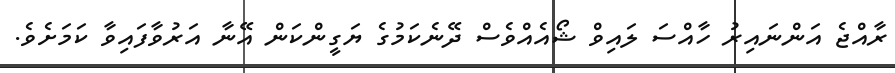
ރާއްޖެ އަންނައިރު ހާއްސަ ލައިވް ޝޯއެއްވެސް ދޭނެކަމުގެ ޔަގީންކަން އޭނާ އަރުވާފައިވާ ކަމަށެވެ.